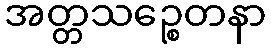
အတ္တသဉ္စေတနာ